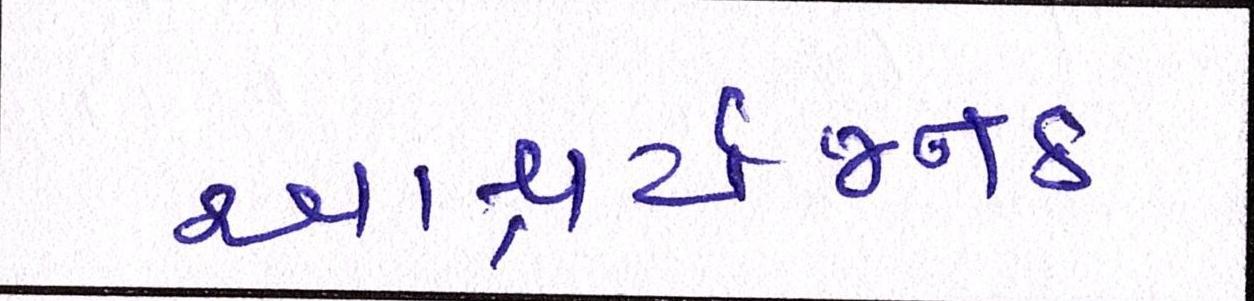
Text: આશ્ચર્યજનક